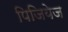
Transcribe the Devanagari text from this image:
पिजियेज